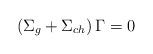
LaTeX: \begin{align*}\left( \Sigma _g+\Sigma _{ch}\right) \Gamma =0\end{align*}